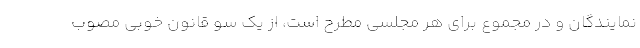
نمایندگان و در مجموع برای هر مجلسی مطرح است، از یک سو قانون خوبی مصوب